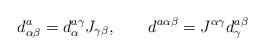
LaTeX: \begin{align*}d^a_{\alpha\beta} = d_\alpha^{a\gamma} J_{\gamma\beta}, \qquad d^{a\alpha\beta} = J^{\alpha\gamma} d_\gamma^{a\beta}\end{align*}